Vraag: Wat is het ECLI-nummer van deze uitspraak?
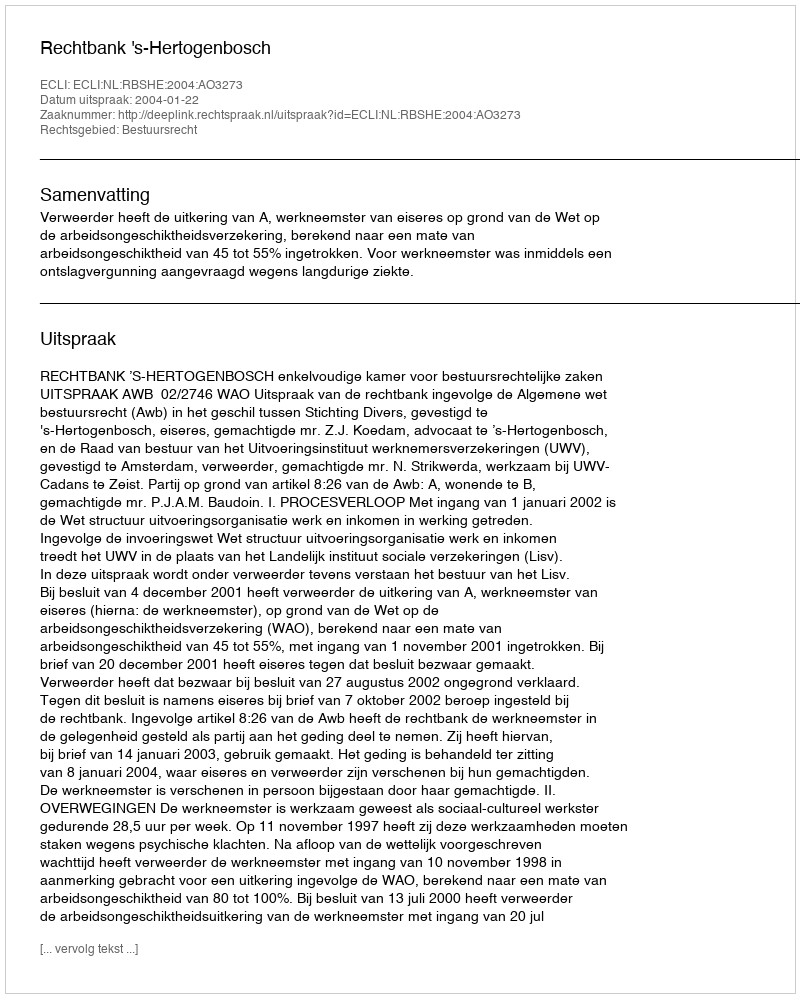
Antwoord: ECLI:NL:RBSHE:2004:AO3273